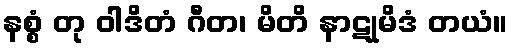
နစ္စံ တု ဝါဒိတံ ဂီတ၊ မိတိ နာဋုမိဒံ တယံ။